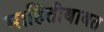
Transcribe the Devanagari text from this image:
माहितीबाबत